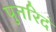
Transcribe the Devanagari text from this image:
पुनरिदं